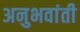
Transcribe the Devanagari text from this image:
अनुभवांती